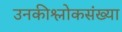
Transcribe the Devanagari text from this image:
उनकीश्लोकसंख्या